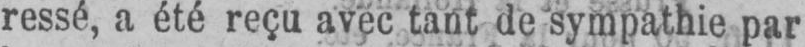
ressé, a été reçu avec tant de sympathie par